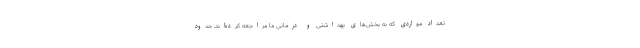
تعداد مواردی که به بخش‌های بهداشتی و درمانی ما مراجعه کرده‌اند، ‌حدود